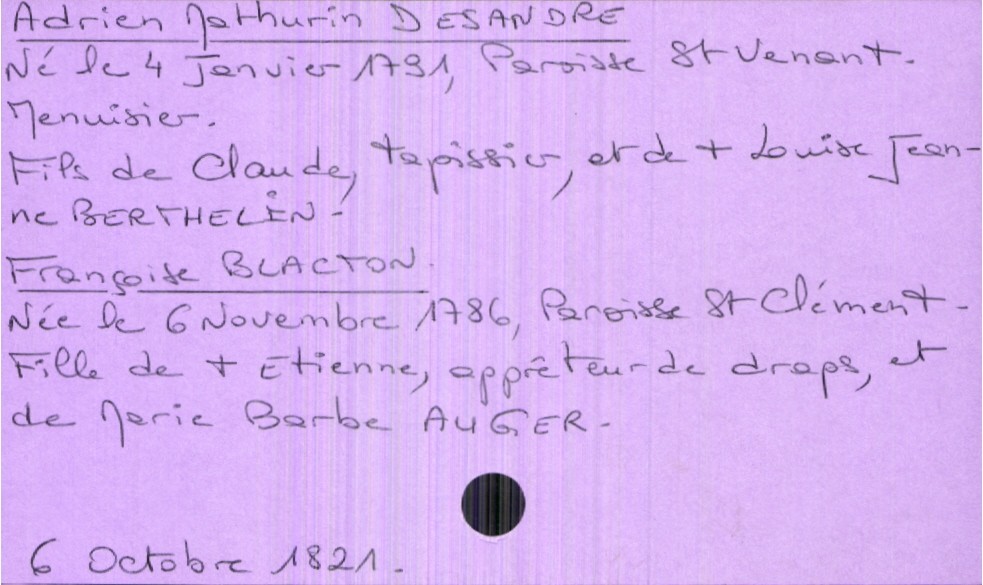
type_acte: Mariage
année: 1821
mois: octobre
jour: 6
marié_nom: Desandre
marié_prénom: Adrien Mathurin
marié_profession: menuisier
marié_date_de_naissance: 4 janvier 1791
marié_lieu_de_naissance: paroisse Saint Venant
père_marié_nom: Desandre
père_marié_prénom: Claude
père_marié_profession: tapissier
mère_marié_nom: Berthelin
mère_marié_prénom: Louise Jeanne
mère_marié_statut: décédée
mariée_nom: Blacton
mariée_prénom: Françoise
mariée_date_de_naissance: 6 novembre 1786
mariée_lieu_de_naissance: Paroisse Saint Clément
père_mariée_nom: Blacton
père_mariée_prénom: Etienne
père_mariée_profession: apprêteur de draps
père_mariée_statut: décédé
mère_mariée_nom: Augier
mère_mariée_prénom: Marie Barbe